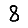
Digit: 8